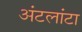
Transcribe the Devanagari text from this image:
अंटलांटा